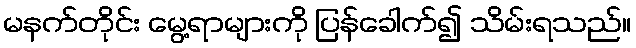
မနက်တိုင်း မွေ့ရာများကို ပြန်ခေါက်၍ သိမ်းရသည်။